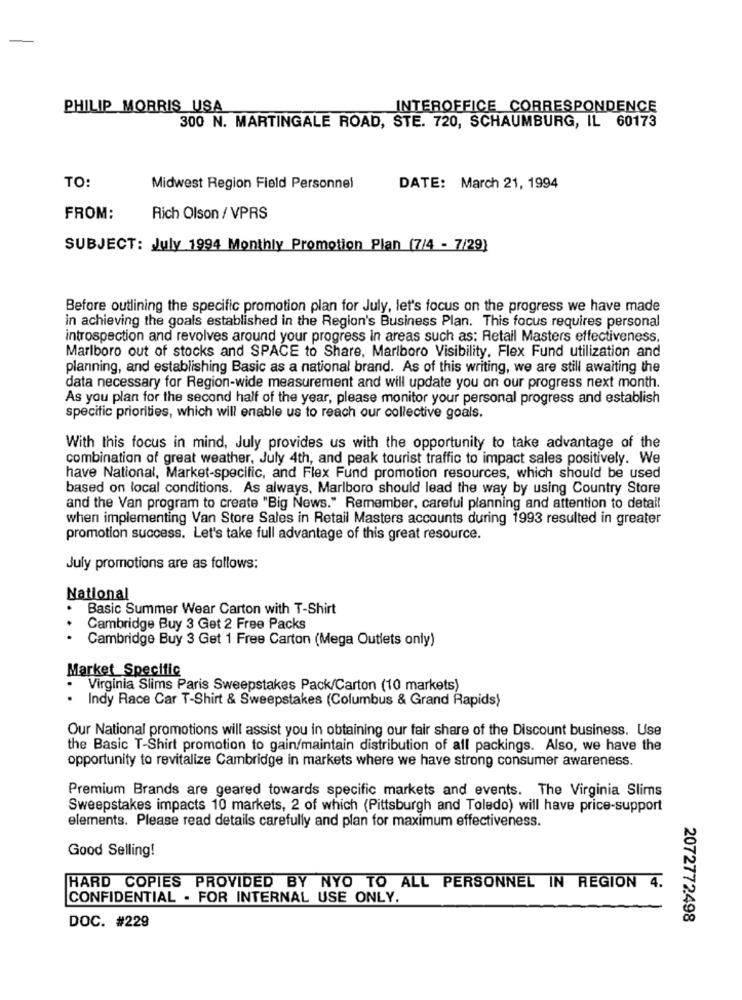
PHILIP MORRIS USA
INTEROFFICE CORRESPONDENCE
300 N. MARTINGALE ROAD, STE. 720, SCHAUMBURG, IL 60173
TO:
Midwest Region Field Personnel
DATE: March 21, 1994
FROM:
Rich Olson / VPRS
SUBJECT: July 1994 Monthly Promotion Plan (7/4 - 7/29)
Before outlining the specific promotion plan for July, let's focus on the progress we have made
in achieving the goals established in the Region's Business Plan. This focus requires personal
introspection and revolves around your progress In areas such as: Retail Masters effectiveness,
Marlboro out of stocks and SPACE to Share, Marlboro Visibility, Flex Fund utilization and
planning, and establishing Basic as a national brand. As of this writing, we are still awaiting the
data necessary for Region-wide measurement and will update you on our progress next month.
As you plan for the second half of the year, please monitor your personal progress and establish
specific priorities, which will enable us to reach our collective goals.
With this focus in mind, July provides us with the opportunity to take advantage of the
combination of great weather, July 4th, and peak tourist traffic to impact sales positively. We
have National, Market-specific, and Flex Fund promotion resources, which should be used
based on local conditions. As always, Marlboro should lead the way by using Country Store
and the Van program to create "Big News." Remember, careful planning and attention to detail
when implementing Van Store Sales in Retail Masters accounts during 1993 resulted in greater
promotion success. Let's take full advantage of this great resource.
July promotions are as follows:
National
Basic Summer Wear Carton with T-Shirt
Cambridge Buy 3 Get 2 Free Packs
Cambridge Buy 3 Get 1 Free Carton (Mega Outlets only)
Market Specific
. Virginia Slims Paris Sweepstakes Pack/Carton (10 markets)
. Indy Race Car T-Shirt & Sweepstakes (Columbus & Grand Rapids)
Our National promotions will assist you in obtaining our fair share of the Discount business. Use
the Basic T-Shirt promotion to gain/maintain distribution of all packings. Also, we have the
opportunity to revitalize Cambridge in markets where we have strong consumer awareness.
Premium Brands are geared towards specific markets and events. The Virginia Slims
Sweepstakes impacts 10 markets, 2 of which (Pittsburgh and Toledo) will have price-support
elements. Please read details carefully and plan for maximum effectiveness.
Good Selling!
HARD COPIES PROVIDED BY NYO TO ALL PERSONNEL IN REGION 4.
CONFIDENTIAL . FOR INTERNAL USE ONLY.
DOC. #229
2072772498